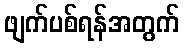
ဖျက်ပစ်ရန်အတွက်